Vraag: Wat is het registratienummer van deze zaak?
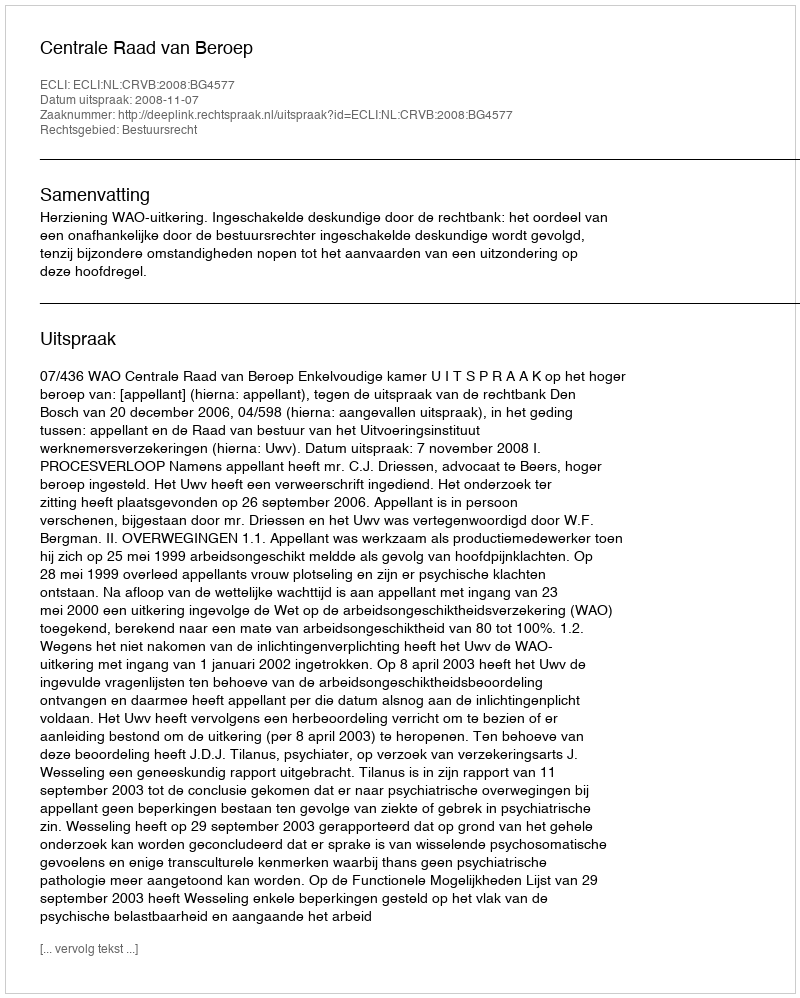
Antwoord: http://deeplink.rechtspraak.nl/uitspraak?id=ECLI:NL:CRVB:2008:BG4577